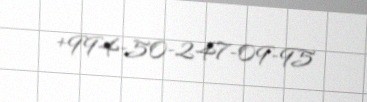
+994-50-247-09-95